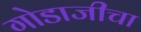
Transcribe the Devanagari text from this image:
गोडाजीचा